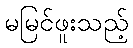
မမြင်ဖူးသည့်